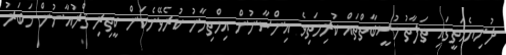
ދުނިޔެމަތީގައި ތަފާތު މުސީބާތްތައް ކުރިމަތިވެ އިންސާނުން އިމްތިހާނު ކުރެވޭނެކަން ކީތިރި ޤްރުއާނުން ޚަބަރު